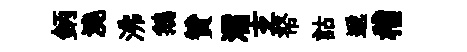
鈵澆沸鵝贊濡𤣥帑詁遞稽